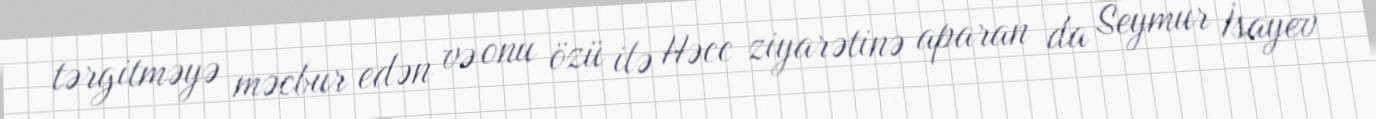
tərgitməyə məcbur edən və onu özü ilə Həcc ziyarətinə aparan da Seymur İsayev